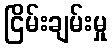
ငြိမ်းချမ်းမှု